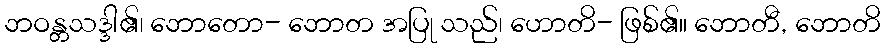
ဘဝန္တသဒ္ဒါ၏၊ ဘောတော- ဘောတ အပြု သည်၊ ဟောတိ- ဖြစ်၏။ ဘောတီ, ဘောတိ